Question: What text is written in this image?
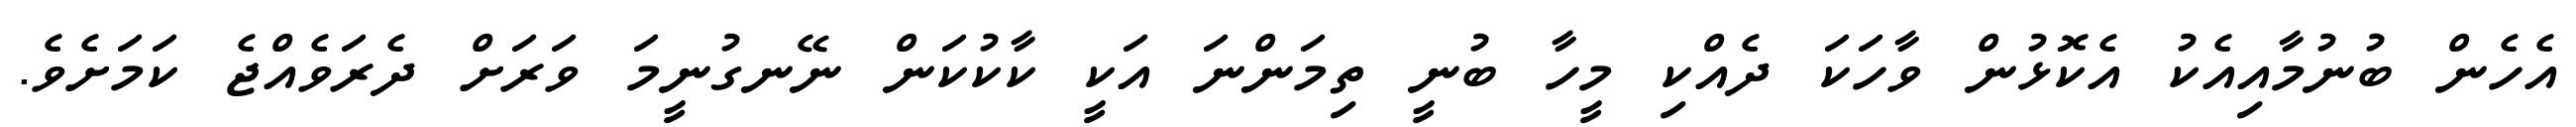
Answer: އެހެން ބުނުމާއިއެކު އެކޮޅުން ވާހަކަ ދެއްކި މީހާ ބުނީ ތިމަންނަ އަކީ ކާކުކަން ނޭނގުނީމަ ވަރަށް ދެރަވެއްޖެ ކަމަށެވެ.